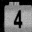
Digit: 4